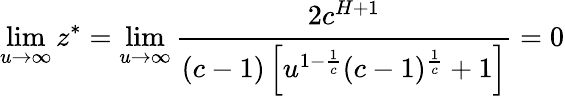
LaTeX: \operatorname*{lim}_{u\to\infty}z^{*}=\operatorname*{lim}_{u\to\infty}\cfrac{2c^{H+1}}{(c-1)\left[u^{1-\frac{1}{c}}(c-1)^{\frac{1}{c}}+1\right]}=0